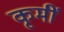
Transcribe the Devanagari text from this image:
कृमीं